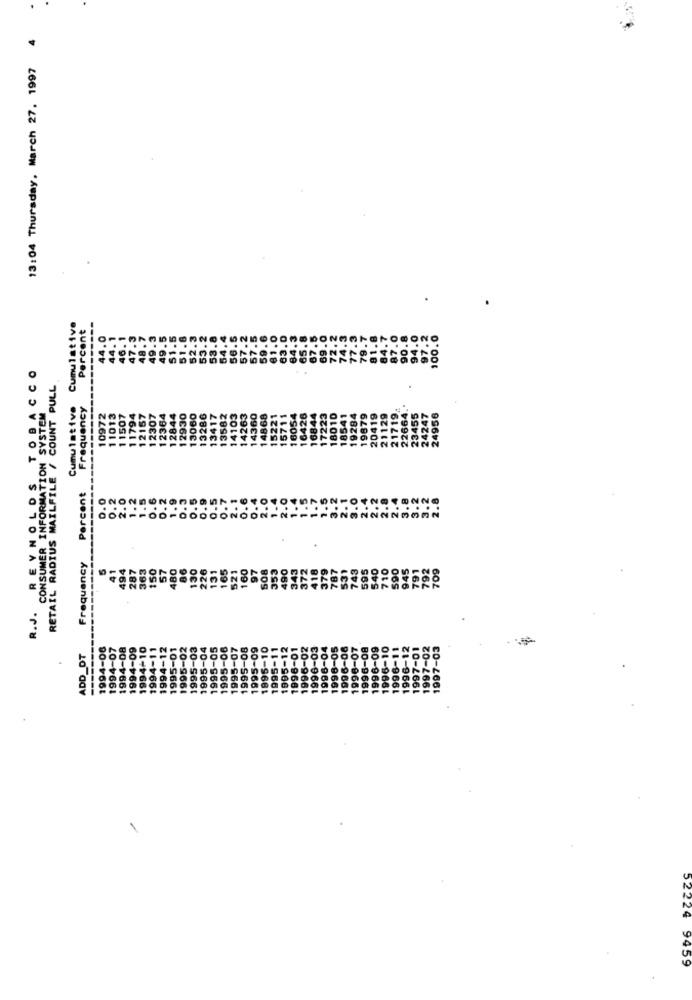
13:04 Thursday, March 27. 1997
Cumulative
Percent
-------
44.0
R.J. REYNOLDS TOBACCO
RETAIL RADIUS MAILFILE / COUNT PULL
Cumulative
Frequency
719.
CONSUMER INFORMATION SYSTEM
10972
11013
11507
11794
12157
12307
1284
12930
13060
13286
13417
13582
4103
4263
360
14868
16054
16426
17223
18010
541
284
19879
419
21129
22664
23455
247
24956
1236
1684
18
19
Percent
0.0
0.2
2.0
1.2
1.5
0.6
0.2
1.9
D. 3
0.7
2. 1
0.6
0.4
2.0
1.
1.5
. .
-
Frequency
41
494
287
363
150
57
480
86
130
226
131
165
521
160
97
508
353
490
343
372
418
379
787
531
743
595
540
710
S90
945
791
792
709
1994-06
1994-07
1-08
4-09
1994-10
1994-12
1995-01
1995-02
1995-03
1995-04
1995-05
1995-06
1995-07
1995-08
1995-09
1995-10
1995-11
1995-12
1996-01
1996-02
1996-03
1996-04
1996-05
1996-08
1996-07
1996-08
1996-09
1996-10
6-11
1996-12
1997-01
1997-02
1997-03
ADD_DT
1994-1
199
52224
9459